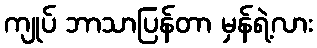
ကျုပ် ဘာသာပြန်တာ မှန်ရဲ့လား